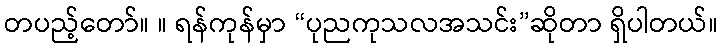
တပည့်တော်။ ။ ရန်ကုန်မှာ “ပုညကုသလအသင်း”ဆိုတာ ရှိပါတယ်။